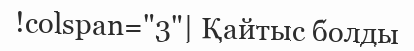
!colspan="3"| Қайтыс болды